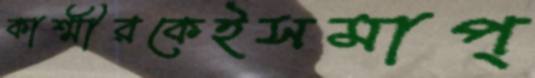
কাশ্মীরকেইসমাপ্